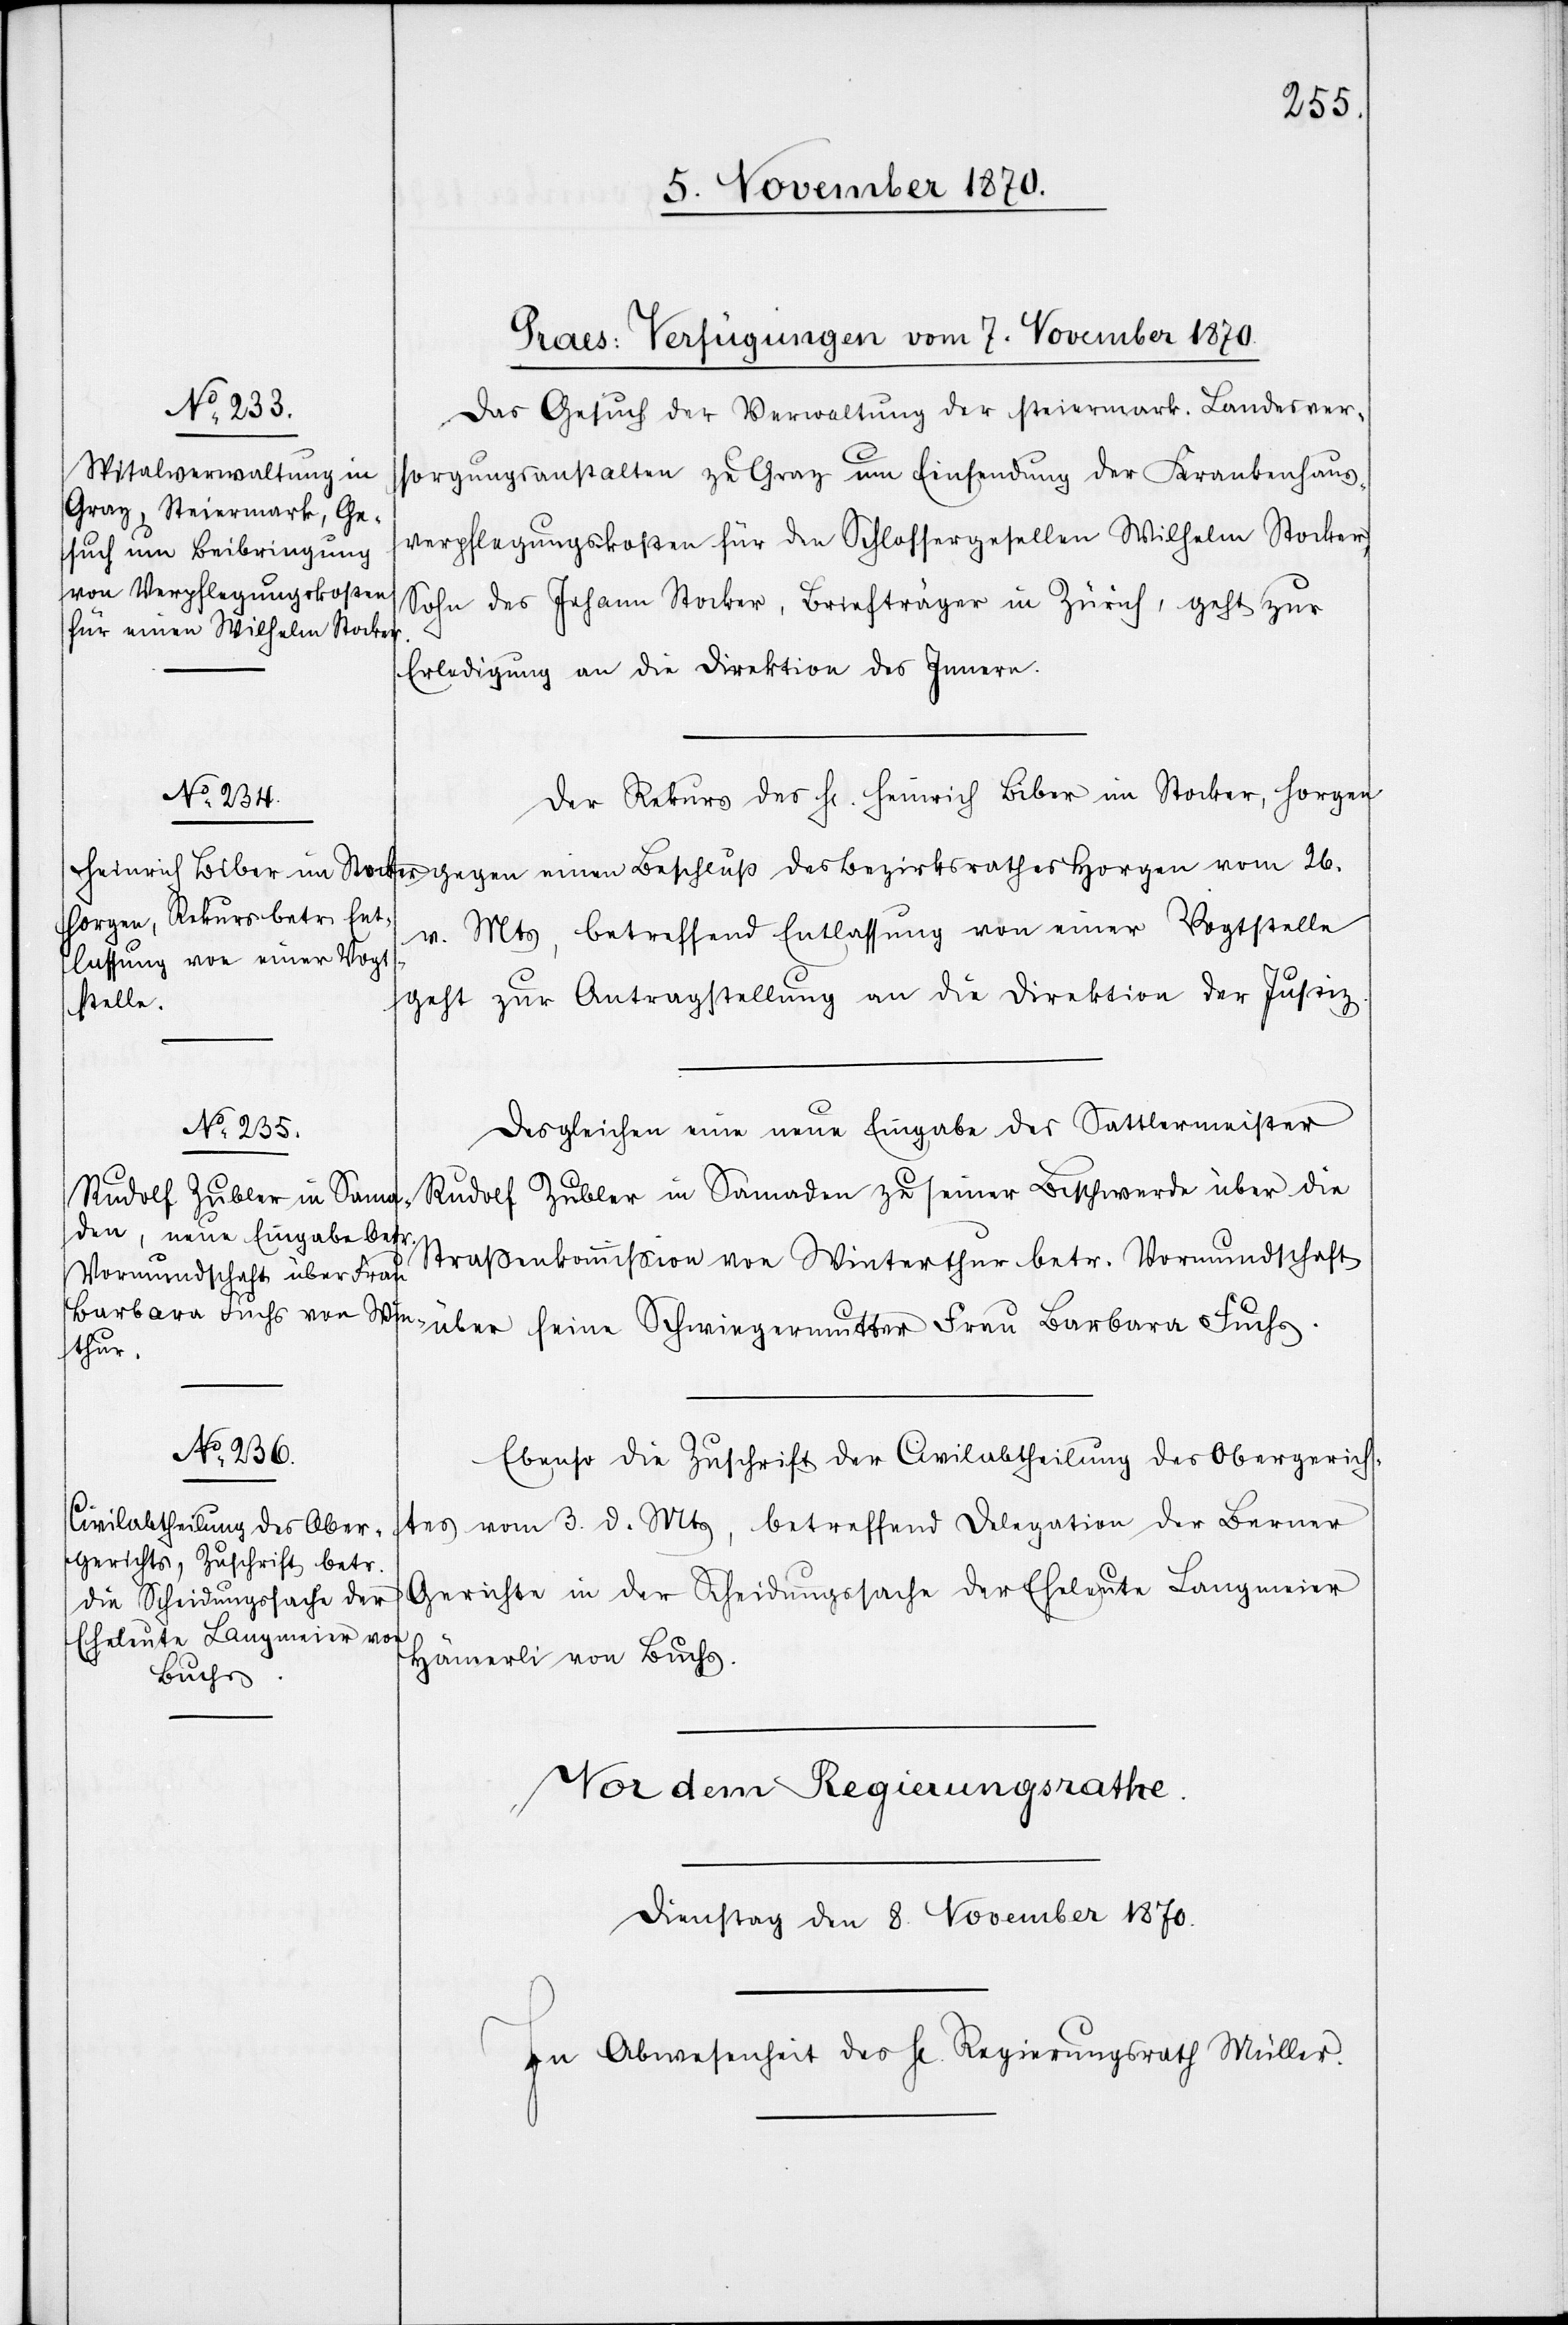
[Praes: Verfügungen vom 7. November 1870.]
Das Gesuch der Verwaltung der steiermark. Landesver¬
sorgungsanstalten zu Graz um Einsendung der Krankenhaus¬
verpflegungskosten für den Schlossergesellen Wilhelm Stocker,
Sohn des Johann Stocker, Briefträger in Zürich, geht zur
Erledigung an die Direktion des Innern.
Der Rekurs des H[erren] Heinrich Biber im Stocker, Horgen
gegen einen Beschluß des Bezirksrathes Horgen vom 26.
v. Mts., betreffend Entlassung von einer Vogtstelle
geht zur Antragstellung an die Direktion der Justiz.
Desgleichen eine neue Eingabe des Sattlermeister
Rudolf Zubler in Samaden zu seiner Beschwerde über die
Straßenkommißion von Winterthur betr. Vormundschaft
Ebenso die Zuschrift der Civilabtheilung des Obergerich¬
tes vom 3. d. Mts, betreffend Delegation der Berner
Gerichte in der Scheidungssache der Eheleute Langmeier
Hämmerli von Buchs.
Fuchs.